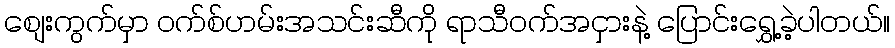
စျေးကွက်မှာ ဝက်စ်ဟမ်းအသင်းဆီကို ရာသီဝက်အငှားနဲ့ ပြောင်းရွှေ့ခဲ့ပါတယ်။